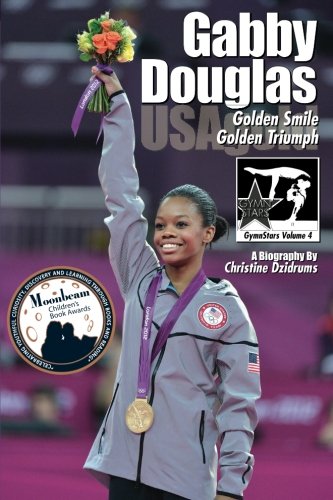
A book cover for Gabby Douglas: Golden Smile, Golden Triumph: GymnStars Volume 4; Christine Dzidrums; Children's Books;